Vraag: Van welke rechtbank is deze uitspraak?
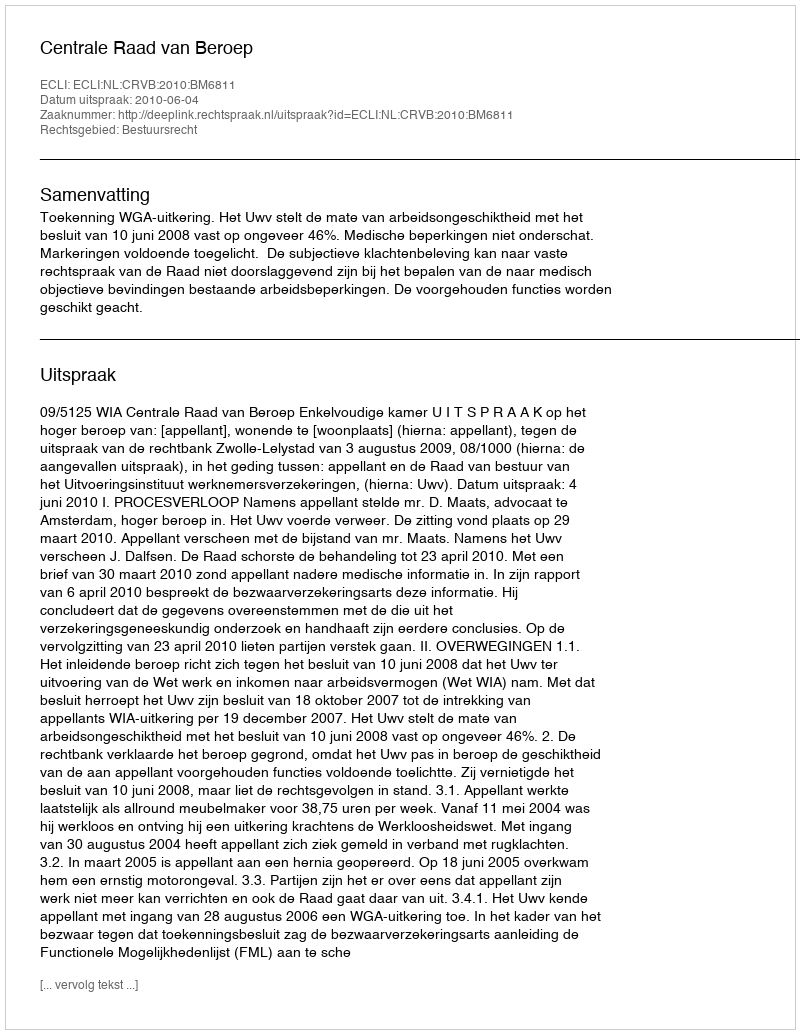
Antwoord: Centrale Raad van Beroep